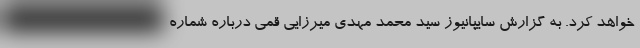
خواهد کرد. به گزارش سایپانیوز سید محمد مهدی میرزایی قمی درباره شماره